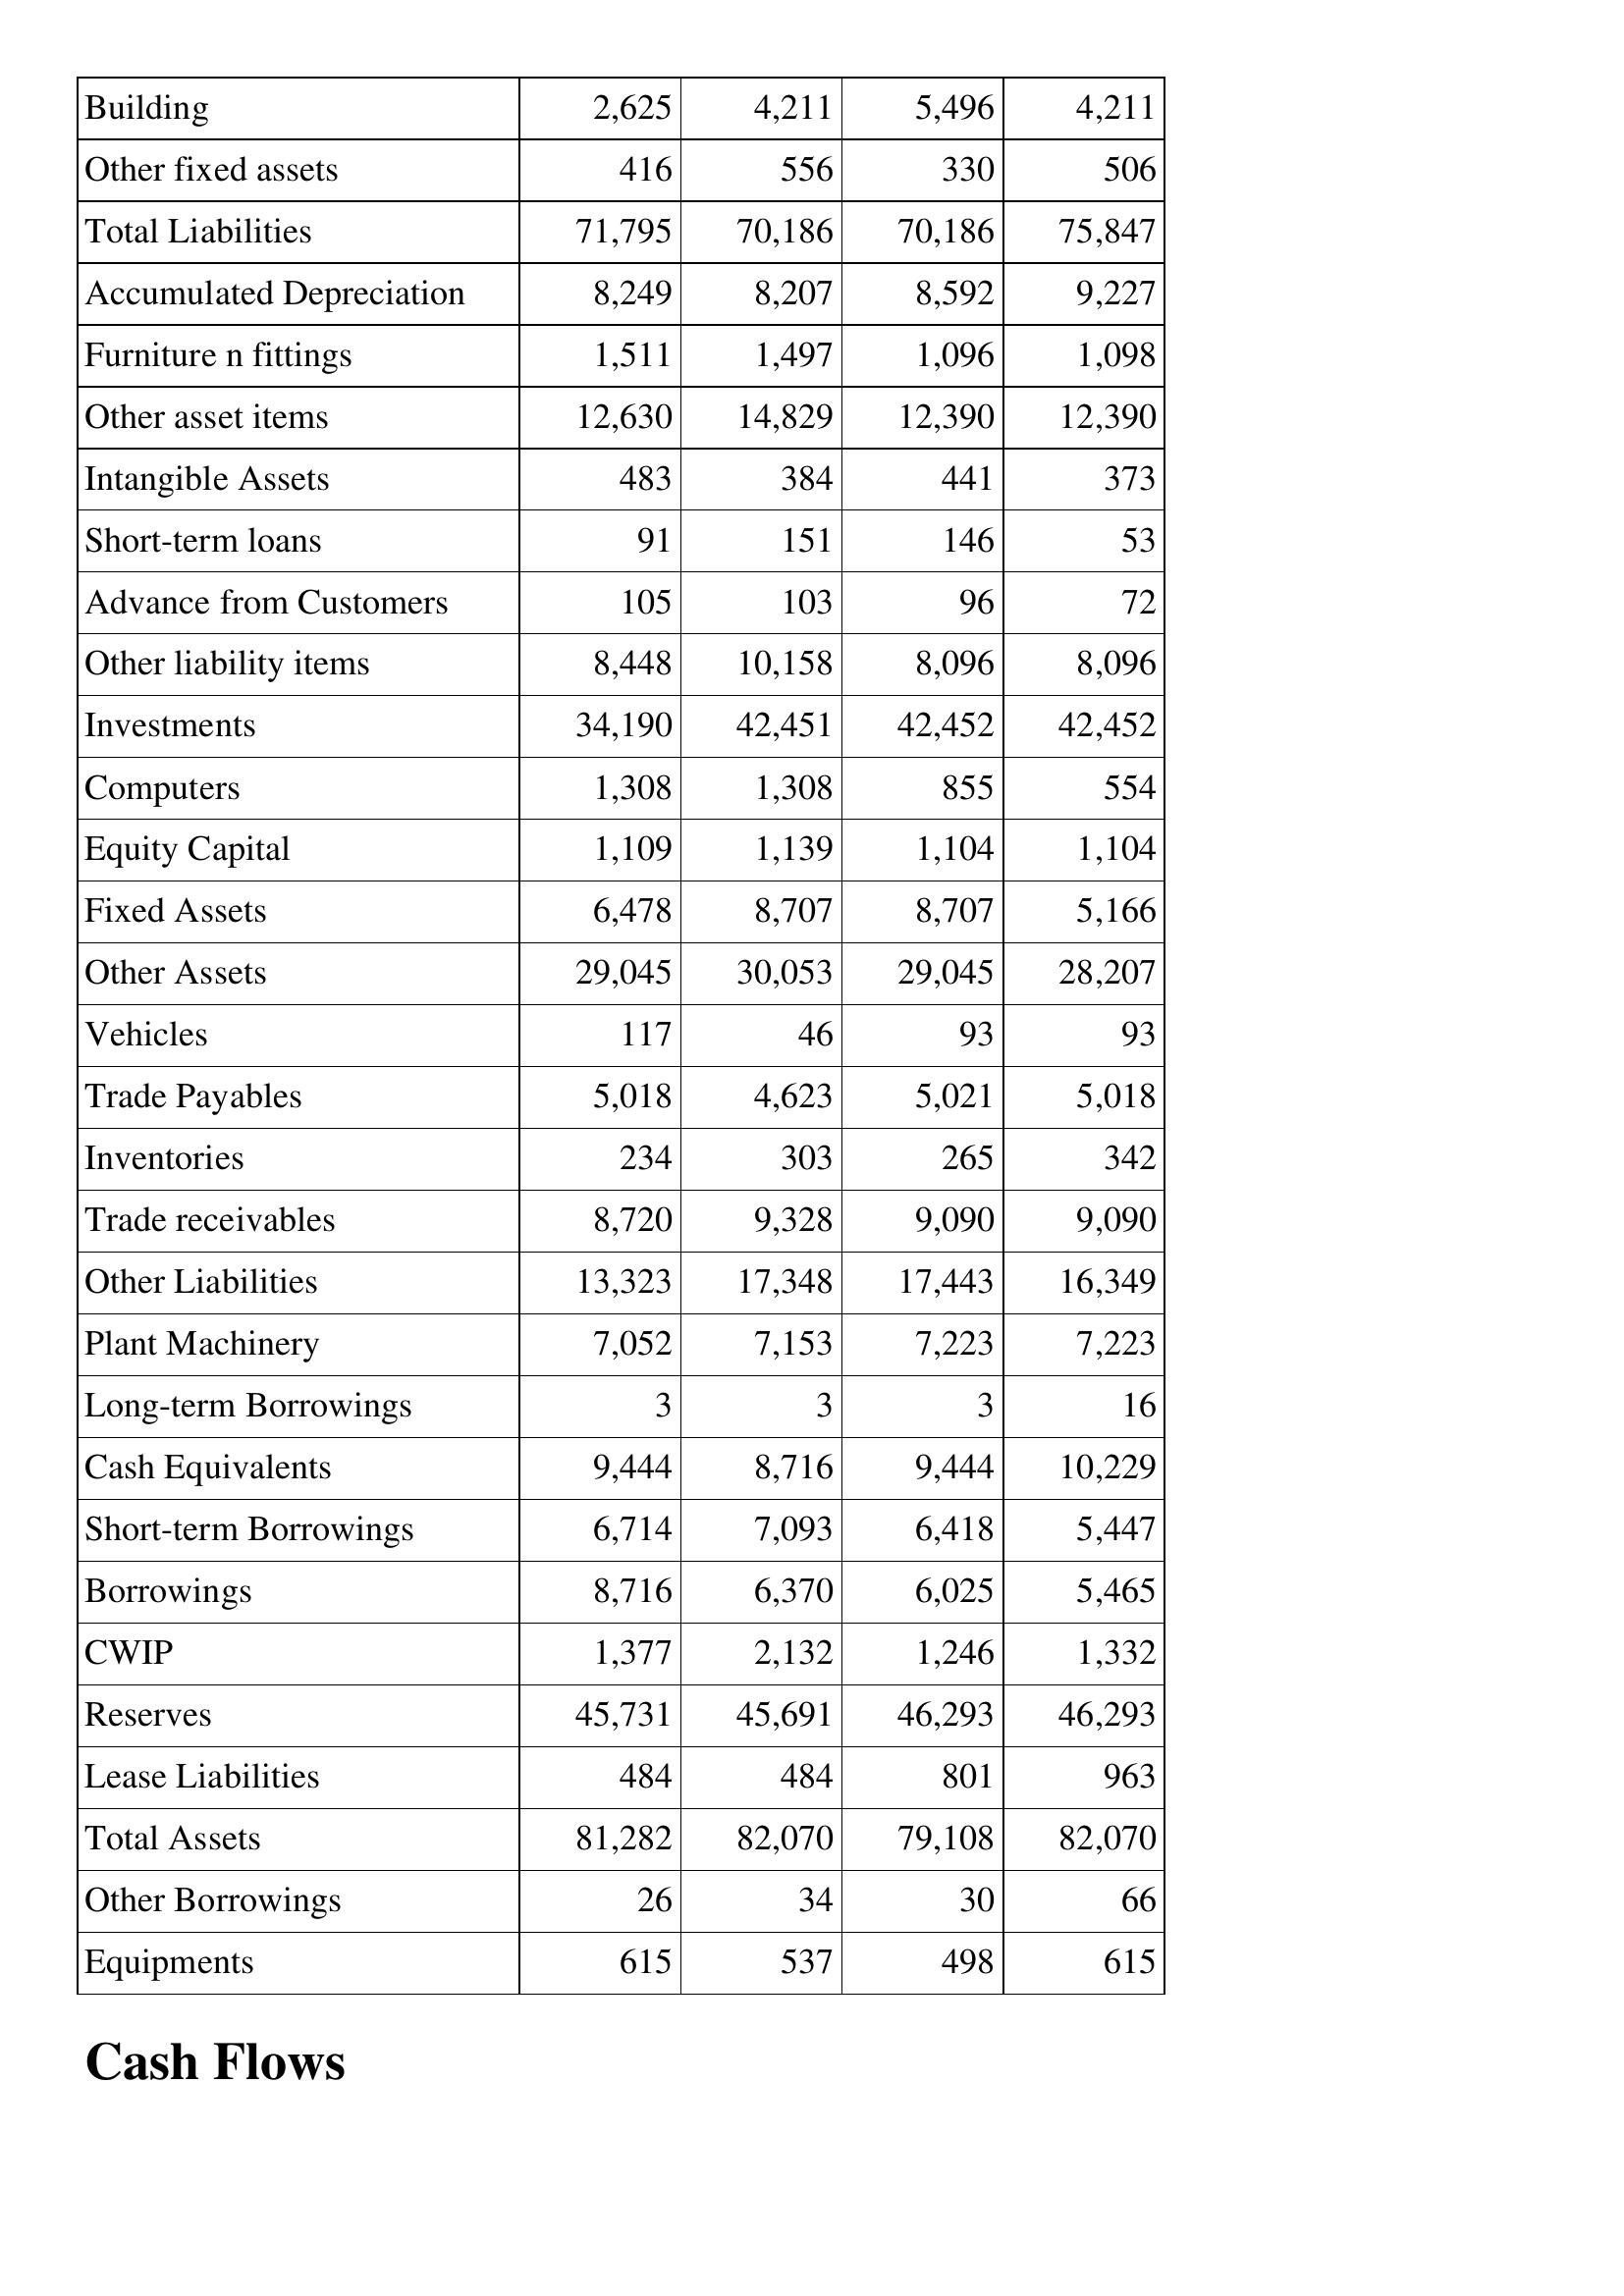
Sep-20: Balance Sheet: Building: 2,625
Other fixed assets: 416
Total Liabilities: 71,795
Accumulated Depreciation: 8,249
Furniture n fittings: 1,511
Other asset items: 12,630
Intangible Assets: 483
Short-term loans: 91
Advance from Customers: 105
Other liability items: 8,448
Investments: 34,190
Computers: 1,308
Equity Capital: 1,109
Fixed Assets: 6,478
Other Assets: 29,045
Vehicles: 117
Trade Payables: 5,018
Inventories: 234
Trade receivables: 8,720
Other Liabilities: 13,323
Plant Machinery: 7,052
Long-term Borrowings: 3
Cash Equivalents: 9,444
Short-term Borrowings: 6,714
Borrowings: 8,716
CWIP: 1,377
Reserves: 45,731
Lease Liabilities: 484
Total Assets: 81,282
Other Borrowings: 26
Equipments: 615
Sep-19: Balance Sheet: Building: 4,211
Other fixed assets: 556
Total Liabilities: 70,186
Accumulated Depreciation: 8,207
Furniture n fittings: 1,497
Other asset items: 14,829
Intangible Assets: 384
Short-term loans: 151
Advance from Customers: 103
Other liability items: 10,158
Investments: 42,451
Computers: 1,308
Equity Capital: 1,139
Fixed Assets: 8,707
Other Assets: 30,053
Vehicles: 46
Trade Payables: 4,623
Inventories: 303
Trade receivables: 9,328
Other Liabilities: 17,348
Plant Machinery: 7,153
Long-term Borrowings: 3
Cash Equivalents: 8,716
Short-term Borrowings: 7,093
Borrowings: 6,370
CWIP: 2,132
Reserves: 45,691
Lease Liabilities: 484
Total Assets: 82,070
Other Borrowings: 34
Equipments: 537
Sep-18: Balance Sheet: Building: 5,496
Other fixed assets: 330
Total Liabilities: 70,186
Accumulated Depreciation: 8,592
Furniture n fittings: 1,096
Other asset items: 12,390
Intangible Assets: 441
Short-term loans: 146
Advance from Customers: 96
Other liability items: 8,096
Investments: 42,452
Computers: 855
Equity Capital: 1,104
Fixed Assets: 8,707
Other Assets: 29,045
Vehicles: 93
Trade Payables: 5,021
Inventories: 265
Trade receivables: 9,090
Other Liabilities: 17,443
Plant Machinery: 7,223
Long-term Borrowings: 3
Cash Equivalents: 9,444
Short-term Borrowings: 6,418
Borrowings: 6,025
CWIP: 1,246
Reserves: 46,293
Lease Liabilities: 801
Total Assets: 79,108
Other Borrowings: 30
Equipments: 498
Sep-17: Balance Sheet: Building: 4,211
Other fixed assets: 506
Total Liabilities: 75,847
Accumulated Depreciation: 9,227
Furniture n fittings: 1,098
Other asset items: 12,390
Intangible Assets: 373
Short-term loans: 53
Advance from Customers: 72
Other liability items: 8,096
Investments: 42,452
Computers: 554
Equity Capital: 1,104
Fixed Assets: 5,166
Other Assets: 28,207
Vehicles: 93
Trade Payables: 5,018
Inventories: 342
Trade receivables: 9,090
Other Liabilities: 16,349
Plant Machinery: 7,223
Long-term Borrowings: 16
Cash Equivalents: 10,229
Short-term Borrowings: 5,447
Borrowings: 5,465
CWIP: 1,332
Reserves: 46,293
Lease Liabilities: 963
Total Assets: 82,070
Other Borrowings: 66
Equipments: 615